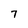
Character: 7